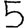
Digit: 5